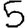
Digit: 5